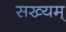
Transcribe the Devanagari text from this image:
सख्यम्